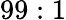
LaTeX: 99:1